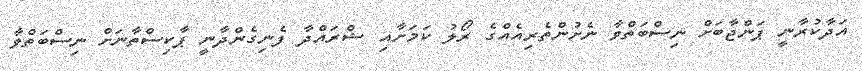
އަދާކުރާނީ ޕަންޖާބަށް ނިސްބަތްވާ ނެށުންތެރިއެއްގެ ރޯލު ކަމަށާއި ޝްރައްދާ ފެނިގެންދާނީ ޕާކިސްތާނަށް ނިސްބަތްވާ